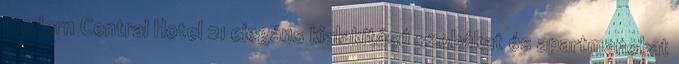
modern Central Hotel 21 elegáns kialakítású szobákat és apartmanokat